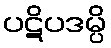
ပဋိပဒမ္ပိ